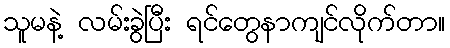
သူမနဲ့ လမ်းခွဲပြီး ရင်တွေနာကျင်လိုက်တာ။